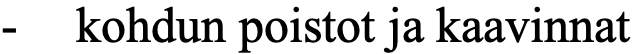
-  kohdun poistot ja kaavinnat